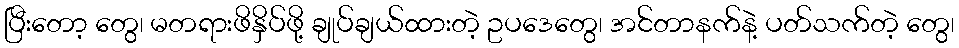
ပြီးတော့ တွေ၊ မတရားဖိနှိပ်ဖို့ ချုပ်ချယ်ထားတဲ့ ဥပဒေတွေ၊ အင်တာနက်နဲ့ ပတ်သက်တဲ့ တွေ၊